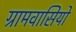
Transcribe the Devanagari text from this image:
ग्रामवासियो